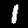
Label: 1